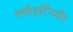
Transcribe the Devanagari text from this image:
वर्षापूर्वीपर्यंत